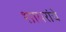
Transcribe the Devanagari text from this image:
शायरांचे